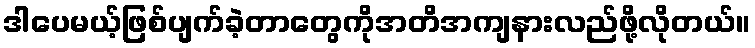
ဒါပေမယ့်ဖြစ်ပျက်ခဲ့တာတွေကိုအတိအကျနားလည်ဖို့လိုတယ်။